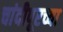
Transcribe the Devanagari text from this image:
चांदीपूरच्या